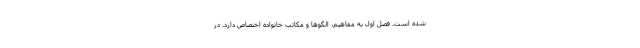
شده است. فصل اول به مفاهیم، الگو‌ها و مکاتب خانواده اختصاص دارد. در